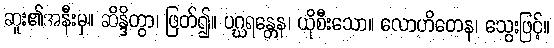
ဆူး၏အနီးမှ။ ဆိန္ဒိတွာ၊ ဖြတ်၍။ ပဂ္ဃရန္တေန၊ ယိုစီးသော။ လောဟိတေန၊ သွေးဖြင့်။